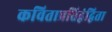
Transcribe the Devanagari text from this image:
कविताप्रतिद्वंद्विता